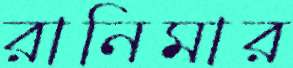
রানিমার